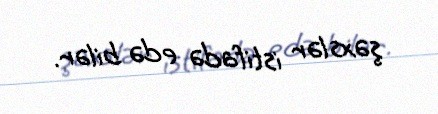
şəxslər istifadə edə bilər.